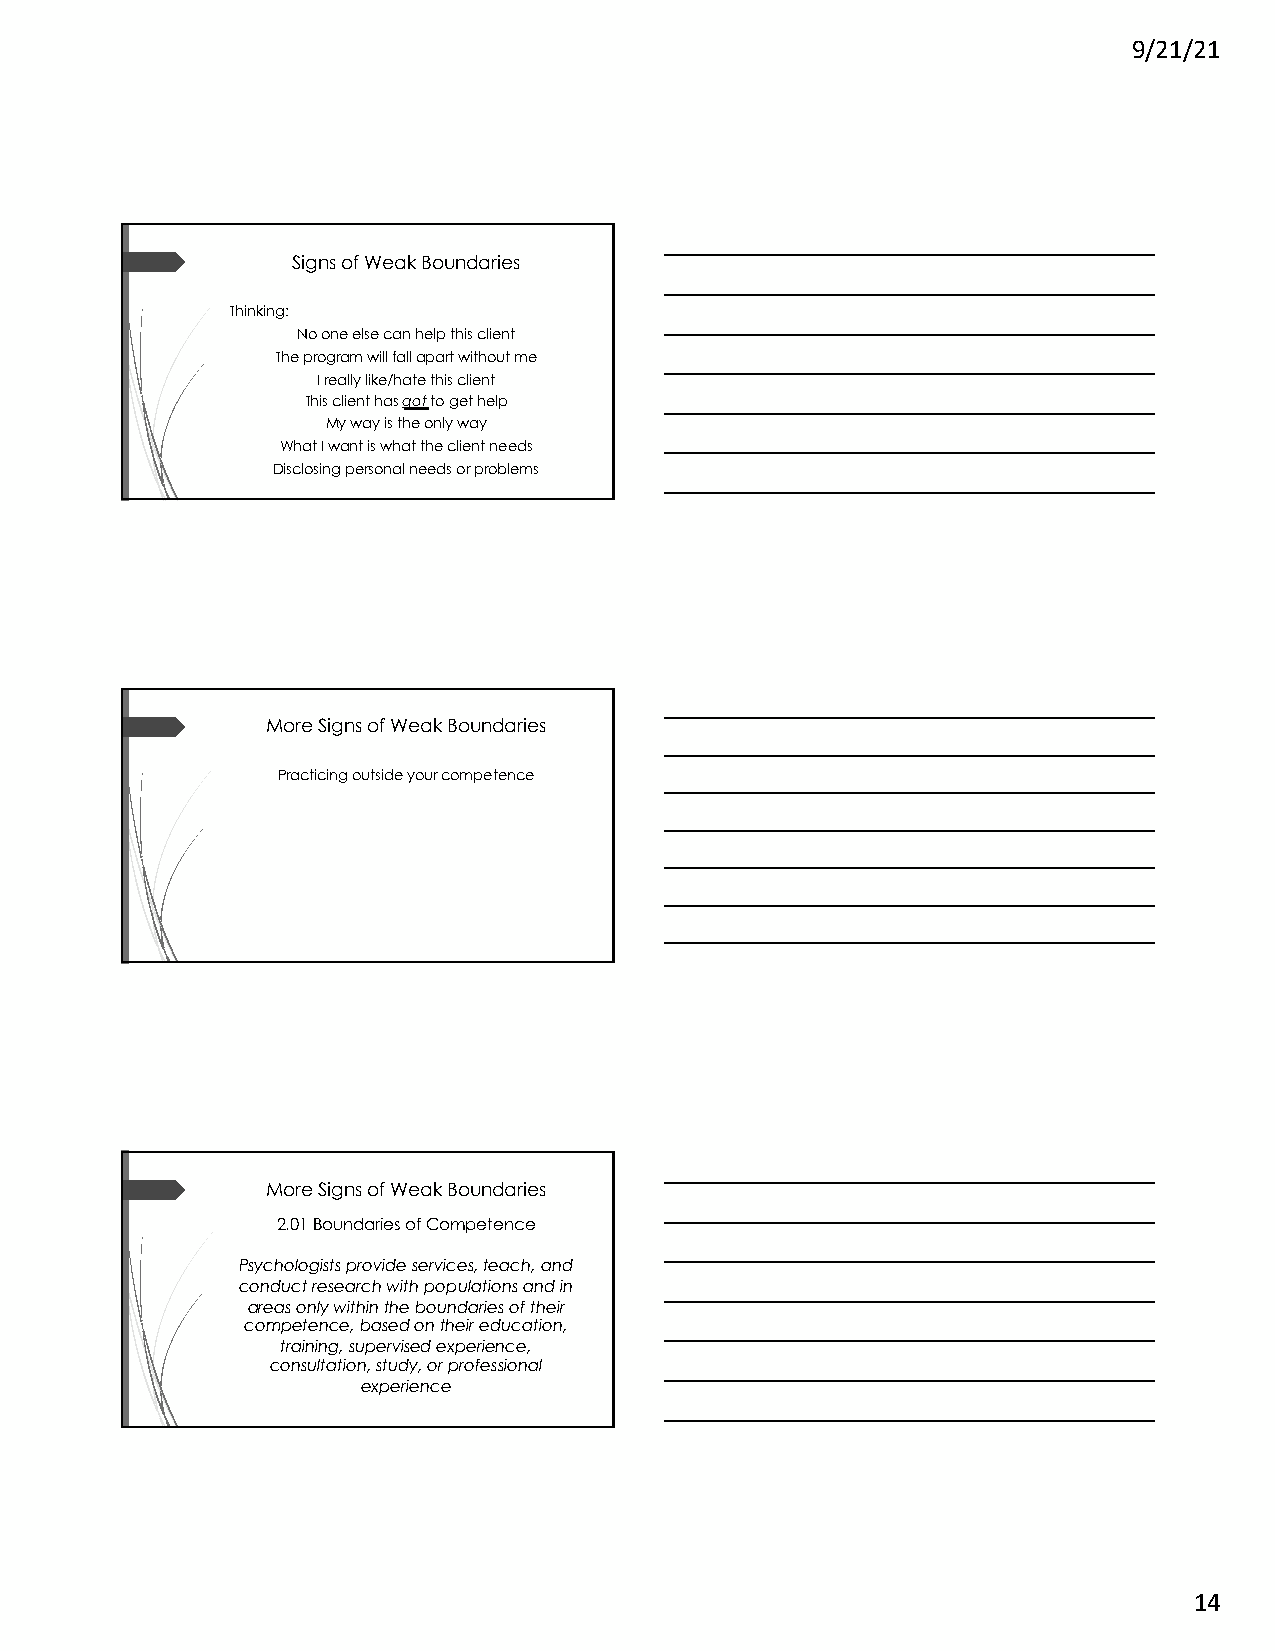
9/21/21
 Signs of Weak Boundaries
 Thinking:
 No one else can help this client
 The program will fall apart without me
 I really like/hate this client
 This client has gotto get help
 My way is the only way
 What I want is what the client needs
 Disclosing personal needs or problems
 More Signs of Weak Boundaries
 Practicing outside your competence
 More Signs of Weak Boundaries
 2.01 Boundaries of Competence
 Psychologists provide services, teach, and
 conduct research with populations and in
 areas only within the boundaries of their
 competence, based on their education,
 training, supervised experience,
 consultation, study, or professional
 experience
 14